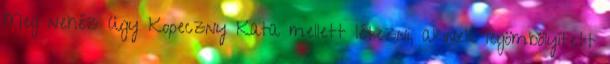
Meg nehéz ügy Kopeczny Kata mellett létezni, akinek legömbölyített